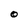
Character: O